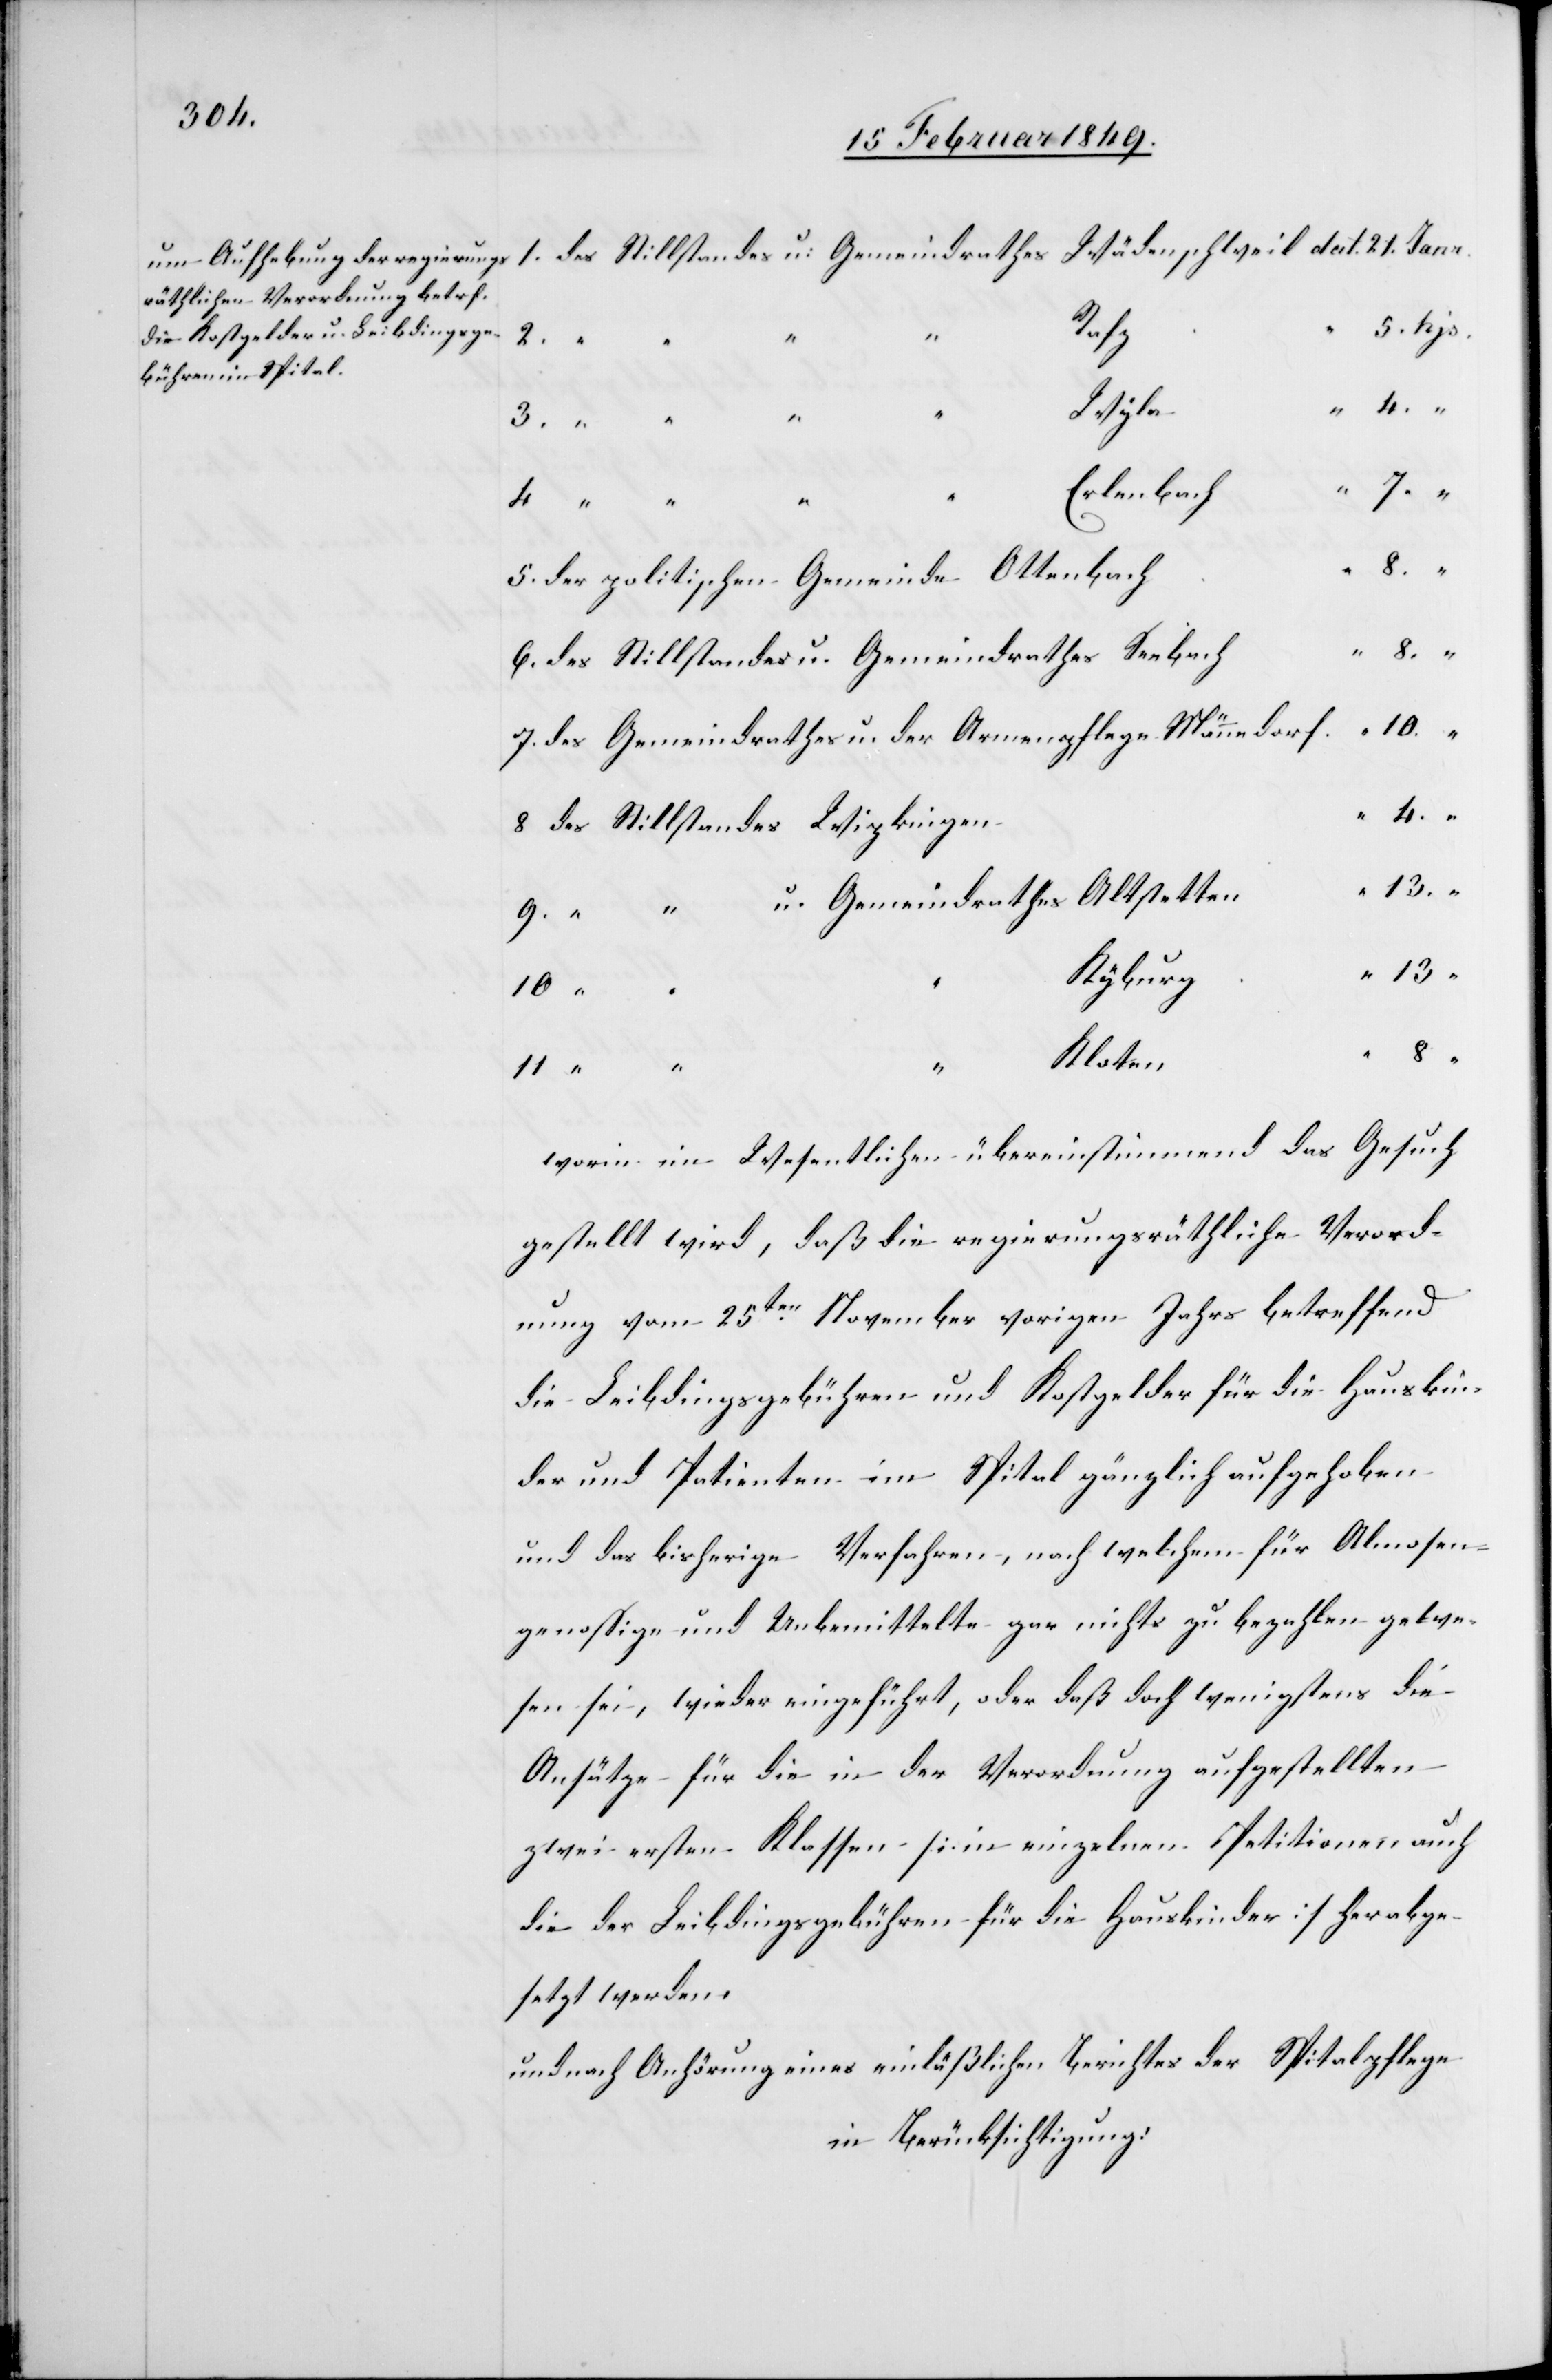
5. hjs.
Rafz
2.
“
Wyla
21.
Erlenbach
8 “
5. der politischen Gemeinde Ottenbach
“ 8. “
6. des Stillstandes u. Gemeindrathes Seebach
7. des Gemeindrathes u. der Armenpflege Männedorf
4. “
8 des Stillstandes Wipkingen
9. “ “ u. Gemeindrathes Altstetten
Kyburg
10.
“
Kloten
13 “
11 “
worin im Wesentlichen übereinstimmend das Gesuch
gestellt wird, daß die regierungsräthliche Verord¬
nung vom 25ten. November vorigen Jahrs betreffend
die Leibdingsgebühren und Kostgelder für die Hauskin¬
der und Patienten im Spital gänzlich aufgehoben
und das bisherige Verfahren, nach welchem für Almosen¬
genossige und Unbemittelte gar nichts zu bezahlen gewe¬
sen sei, wieder eingeführt, oder daß doch wenigstens die
Ansätze für die in der Verordnung aufgestellten
zwei ersten Klassen [in einzelnen Petitionen auch
die der Leibdingsgebühren für die Hauskinder] herabge¬
setzt werden,
und nach Anhörung eines einläßlichen Berichtes der Spitalpflege
in Berücksichtigung: